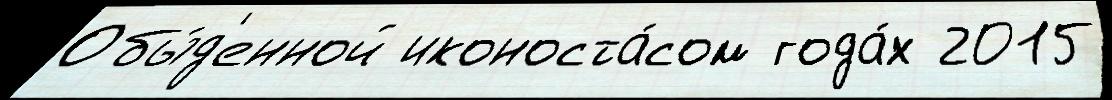
Обы́д'енной иконоста́сом года́х 2015